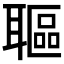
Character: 𦗛